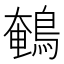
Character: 鵪